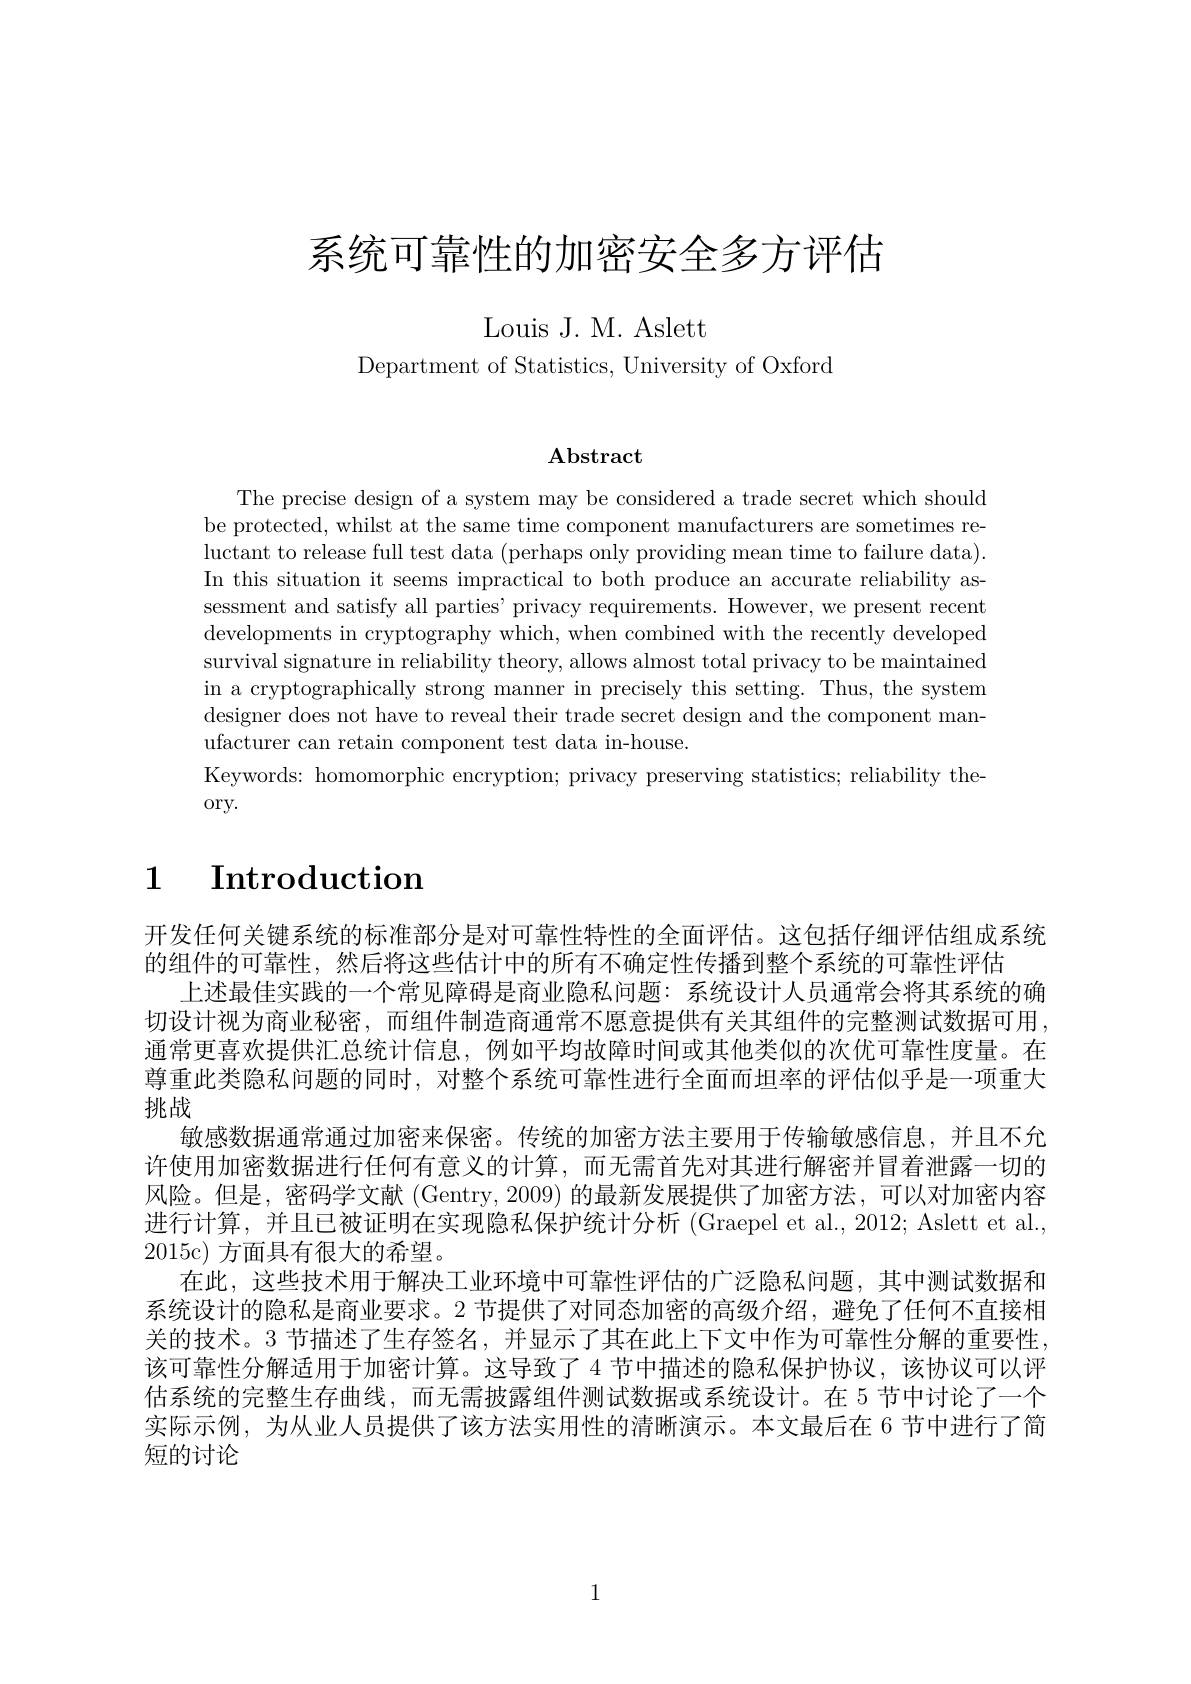
# 系统可靠性的加密安全多方评估

Louis J. M. Aslett

Department of Statistics, University of Oxford

$\mathbf{Abstract}$

The precise design of a system may be considered a trade secret which should be protected, whilst at the same time component manufacturers are sometimes reluctant to release full test data (perhaps only providing mean time to failure data). In this situation it seems impractical to both produce an accurate reliability assessment and satisfy all parties' privacy requirements. However, we present recent developments in cryptography which, when combined with the recently developed survival signature in reliability theory, allows almost total privacy to be maintained in a cryptographically strong manner in precisely this setting. Thus, the system designer does not have to reveal their trade secret design and the component manufacturer can retain component test data in-house.
Keywords: homomorphic encryption; privacy preserving statistics; reliability the-
ory.

# $\textbf{1}$ $\textbf{Introduction}$

开发任何关键系统的标准部分是对可靠性特性的全面评估。这包括仔细评估组成系统
的组件的可靠性，然后将这些估计中的所有不确定性传播到整个系统的可靠性评估
上述最佳实践的一个常见障碍是商业隐私问题：系统设计人员通常会将其系统的确切设计视为商业秘密，而组件制造商通常不愿意提供有关其组件的完整测试数据可用通常更喜欢提供汇总统计信息，例如平均故障时间或其他类似的次优可靠性度量。在尊重此类隐私问题的同时，对整个系统可靠性进行全面而坦率的评估似乎是一项重大挑战
敏感数据通常通过加密来保密。传统的加密方法主要用于传输敏感信息，并且不允许使用加密数据进行任何有意义的计算，而无需首先对其进行解密并冒着泄露一切的风险。但是，密码学文献 (Gentry, 2009) 的最新发展提供了加密方法，可以对加密内容进行计算，并且已被证明在实现隐私保护统计分析 (Graepel et al., 2012; Aslett et al., 2015c) 方面具有很大的希望。
在此，这些技术用于解决工业环境中可靠性评估的广泛隐私问题，其中测试数据和系统设计的隐私是商业要求。2 节提供了对同态加密的高级介绍，避免了任何不直接相关的技术。3 节描述了生存签名，并显示了其在此上下文中作为可靠性分解的重要性该可靠性分解适用于加密计算。这导致了 4 节中描述的隐私保护协议，该协议可以评估系统的完整生存曲线，而无需披露组件测试数据或系统设计。在 5 节中讨论了一个实际示例，为从业人员提供了该方法实用性的清晰演示。本文最后在 6 节中进行了简短的讨论

1